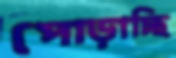
পোড়াচ্ছি